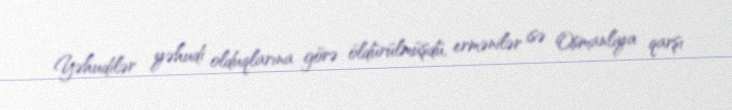
Yəhudilər yəhudi olduqlarına görə öldürülmüşdü, ermənilər isə Osmanlıya qarşı